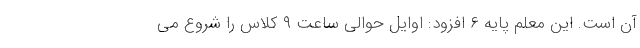
آن است. این معلم پایه ۶ افزود: اوایل حوالی ساعت ۹ کلاس را شروع می